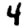
Digit: 4